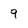
Character: 9